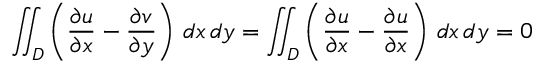
\iint _ { D } \left( { \frac { \partial u } { \partial x } } - { \frac { \partial v } { \partial y } } \right) \, d x \, d y = \iint _ { D } \left( { \frac { \partial u } { \partial x } } - { \frac { \partial u } { \partial x } } \right) \, d x \, d y = 0